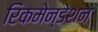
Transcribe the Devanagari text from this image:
रिकमेन्डेशन